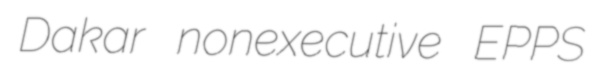
Dakar nonexecutive EPPS